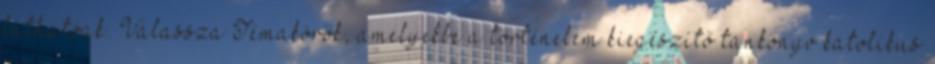
láthatóak. Válassza Témakörök, amelyekbe a történelem kiegészítő tankönyv katolikus